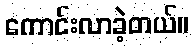
ကောင်းလာခဲ့တယ်။